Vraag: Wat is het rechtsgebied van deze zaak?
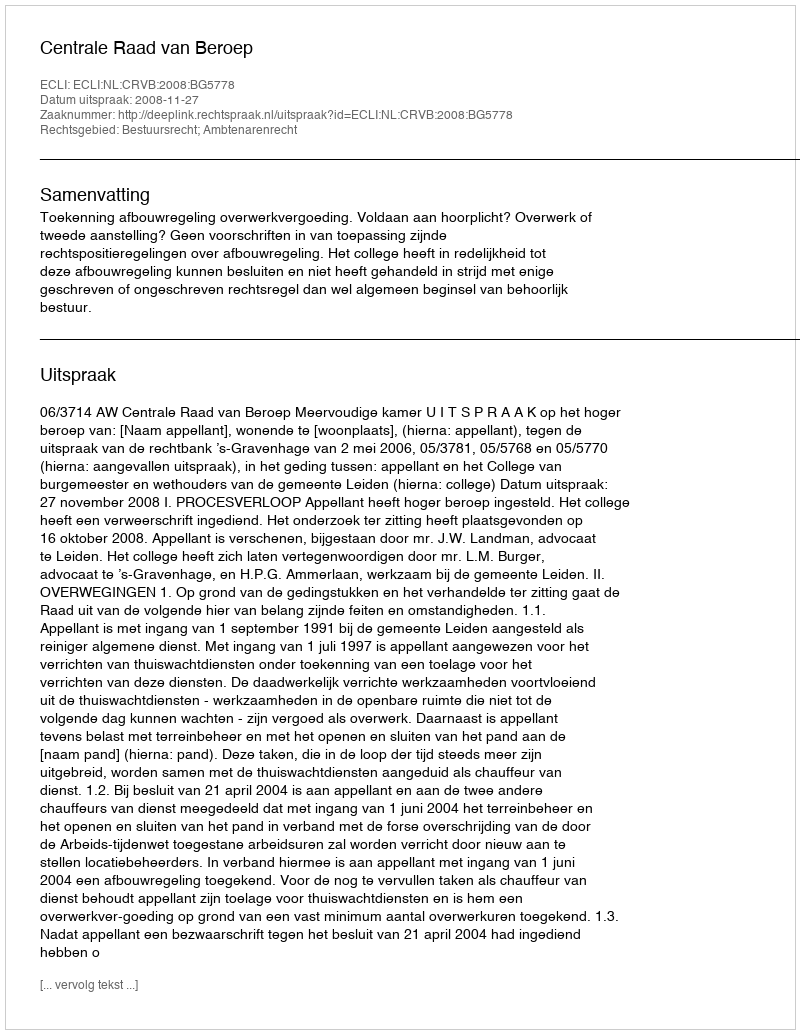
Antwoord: Bestuursrecht; Ambtenarenrecht